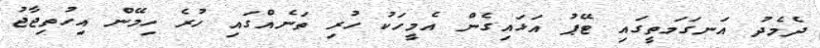
ދެމެދު އަނގަމަތީގައި ޓޭޕު އަޅައިގެން އެމީހަކު ހުރި ތަނެއްގައި ހުރެ ހިމޭން އިހުތިޖާޖު